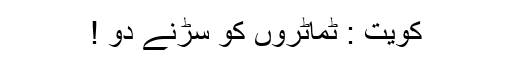
کویت : ٹماٹروں کو سڑنے دو !